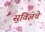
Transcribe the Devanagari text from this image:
सुविज्ञचे